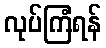
လုပ်ကြံရန်